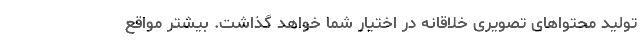
تولید محتواهای تصویری خلاقانه در اختیار شما خواهد گذاشت. بیشتر مواقع